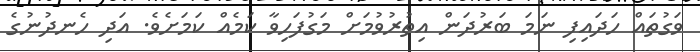
ވަގުތައް ހަދައިފި ނަމަ ބަރުދަން އިތުރުވުމަށް މަގުފަހިވާ ކަމެއް ކަމަށެވެ. އަދި ހެނދުނުގެ